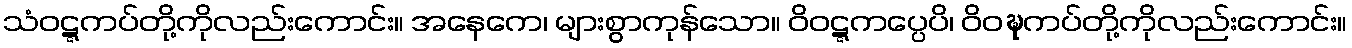
သံဝဋ္ဋကပ်တို့ကိုလည်းကောင်း။ အနေကေ၊ များစွာကုန်သော။ ဝိဝဋ္ဋကပ္ပေပိ၊ ဝိဝဍ္ဎကပ်တို့ကိုလည်းကောင်း။